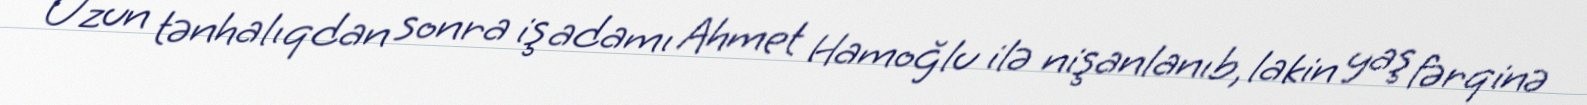
Uzun tənhalıqdan sonra iş adamı Ahmet Hamoğlu ilə nişanlanıb, lakin yaş fərqinə